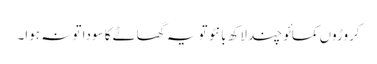
کروڑوں کمائو چند لاکھ بانٹو تو یہ گھاٹے کا سودا تو نہ ہوا۔